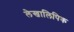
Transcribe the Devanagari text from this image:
लेखालिपिक